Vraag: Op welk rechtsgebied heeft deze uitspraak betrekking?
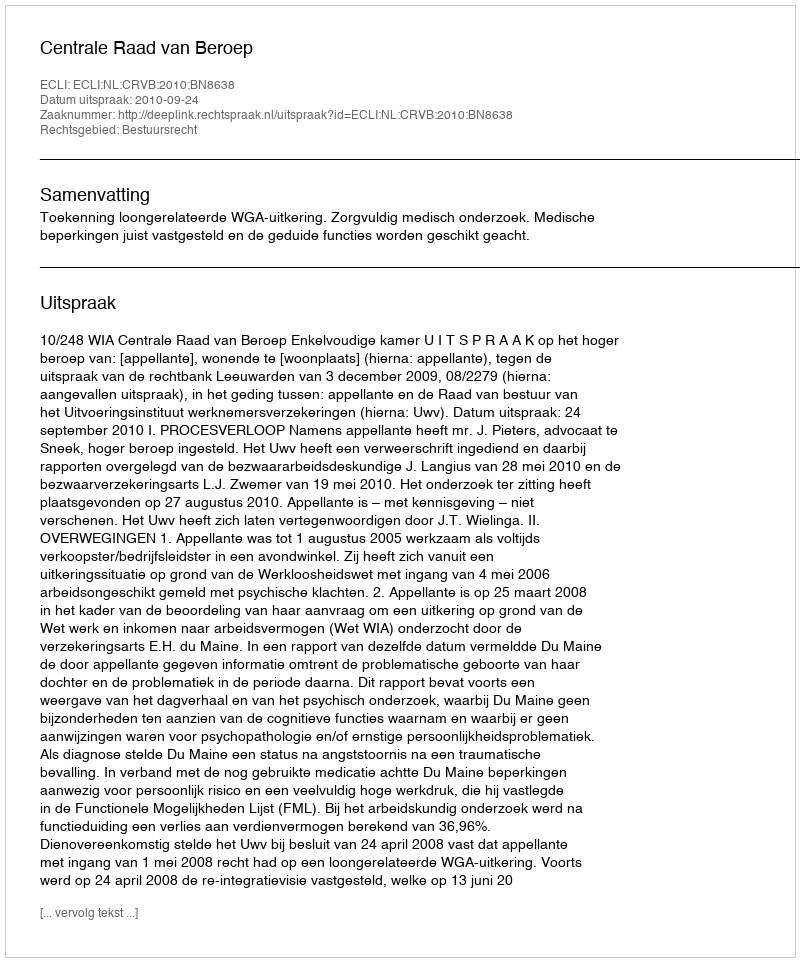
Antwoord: Bestuursrecht